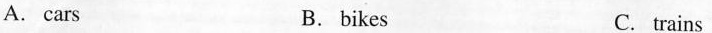
A. cars B. bikes C. trains